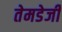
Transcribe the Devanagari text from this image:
तेमडेजी